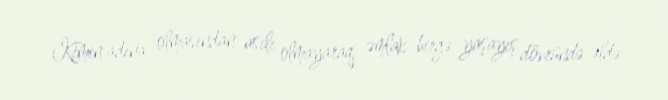
Kimin adına olmasından asılı olmayaraq, əmlak birgə yaşayış dövründə əldə